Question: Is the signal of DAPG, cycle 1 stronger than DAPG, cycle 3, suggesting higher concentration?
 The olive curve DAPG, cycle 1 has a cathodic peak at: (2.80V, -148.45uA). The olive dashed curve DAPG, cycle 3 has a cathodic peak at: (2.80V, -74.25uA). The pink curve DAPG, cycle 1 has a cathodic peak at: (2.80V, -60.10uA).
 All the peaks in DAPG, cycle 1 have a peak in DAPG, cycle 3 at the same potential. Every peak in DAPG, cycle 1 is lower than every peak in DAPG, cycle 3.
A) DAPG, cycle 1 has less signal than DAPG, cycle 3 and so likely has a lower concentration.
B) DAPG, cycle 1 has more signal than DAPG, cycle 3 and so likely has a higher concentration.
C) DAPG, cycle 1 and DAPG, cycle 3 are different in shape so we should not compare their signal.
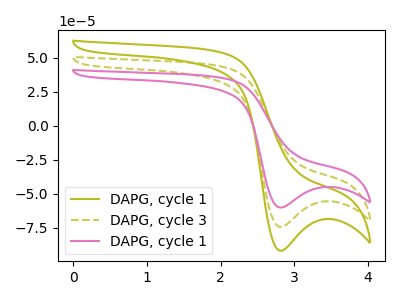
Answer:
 <answer>A) "DAPG, cycle 1" has less signal than "DAPG, cycle 3" and so likely has a lower concentration.</answer>
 <eval>A</eval>